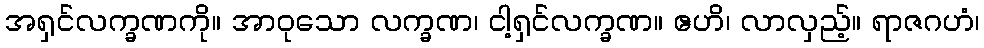
အရှင်လက္ခဏကို။ အာဝုသော လက္ခဏ၊ ငါ့ရှင်လက္ခဏ။ ဧဟိ၊ လာလှည့်။ ရာဇဂဟံ၊